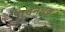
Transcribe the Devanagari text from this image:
पवनचक्र